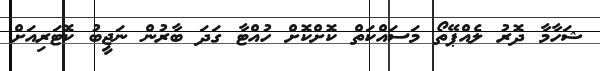
ޝަހާމާ ދޮރު ލެއްޕޭތޯ މަސައްކަތް ކޮށްކޮށް ހުއްޓާ ގަދަ ބާރުން ނަޖީބު ކޮޓަރިއަށް